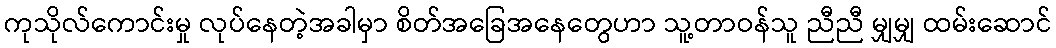
ကုသိုလ်ကောင်းမှု လုပ်နေတဲ့အခါမှာ စိတ်အခြေအနေတွေဟာ သူ့တာဝန်သူ ညီညီ မျှမျှ ထမ်းဆောင်